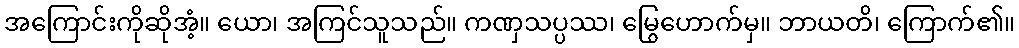
အကြောင်းကိုဆိုအံ့။ ယော၊ အကြင်သူသည်။ ကဏှသပ္ပဿ၊ မြွေဟောက်မှ။ ဘာယတိ၊ ကြောက်၏။